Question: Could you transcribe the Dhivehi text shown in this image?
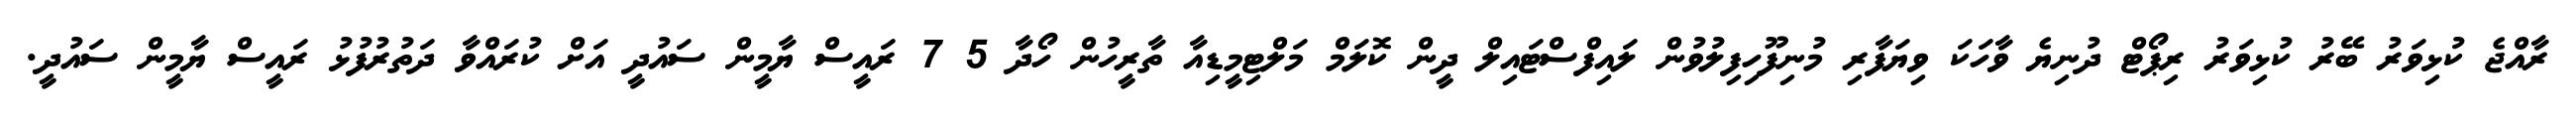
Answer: ރާއްޖެ ކުޅިވަރު ބޭރު ކުޅިވަރު ރިޕޯޓް ދުނިޔެ ވާހަކަ ވިޔަފާރި މުނިފޫހިފިލުވުން ލައިފްސްޓައިލް ދީން ކޮލަމް މަލްޓިމީޑިއާ ތާރީހުން ހޯދާ 5 7 ރައީސް ޔާމީން ސައުދީ އަށް ކުރައްވާ ދަތުރުފުޅު ރައީސް ޔާމީން ސައުދީ.